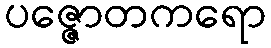
ပဇ္ဇောတကရော